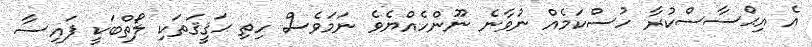
އެ އިޙްސާސްކުރާ ހުސްކަމެއް ނުވާނެ ނޫންހެއްޔެވެ ނަމަވެސް ހިތި ޙަޤީޤަތަކި ލޯތްބަކީ ފައިސާ